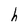
Character: h